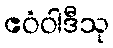
ဧဝံဝါဒီသု